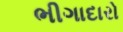
ભીગાદારો